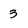
Character: 3